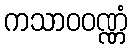
ကသာဝဝဏ္ဏံ